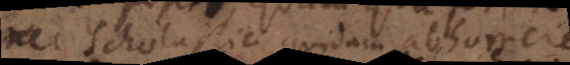
nec Scholastici quidam abhorrere